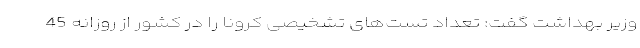
وزیر بهداشت گفت: تعداد تست‌های تشخیصی کرونا را در کشور از روزانه 45